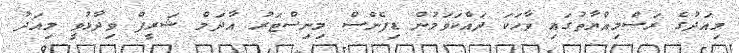
މިއަދުގެ ރަސްމިއްޔާތުގައި ވާހަކަ ދައްކަވަމުން ޑިފެންސް މިނިސްޓަރު އާދަމް ޝަރީފް ވިދާޅުވީ މިއަދު